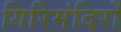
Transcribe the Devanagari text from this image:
गिरिमंदिरों